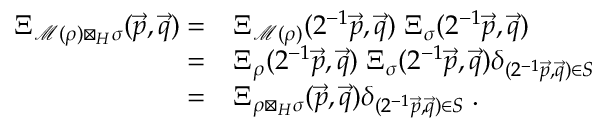
\begin{array} { r l } { \Xi _ { \mathcal M ( \rho ) \boxtimes _ { H } \sigma } ( \vec { p } , \vec { q } ) = } & { \Xi _ { \mathcal M ( \rho ) } ( 2 ^ { - 1 } \vec { p } , \vec { q } ) \; \Xi _ { \sigma } ( 2 ^ { - 1 } \vec { p } , \vec { q } ) } \\ { = } & { \Xi _ { \rho } ( 2 ^ { - 1 } \vec { p } , \vec { q } ) \; \Xi _ { \sigma } ( 2 ^ { - 1 } \vec { p } , \vec { q } ) \delta _ { ( 2 ^ { - 1 } \vec { p } , \vec { q } ) \in S } } \\ { = } & { \Xi _ { \rho \boxtimes _ { H } \sigma } ( \vec { p } , \vec { q } ) \delta _ { ( 2 ^ { - 1 } \vec { p } , \vec { q } ) \in S } \; . } \end{array}